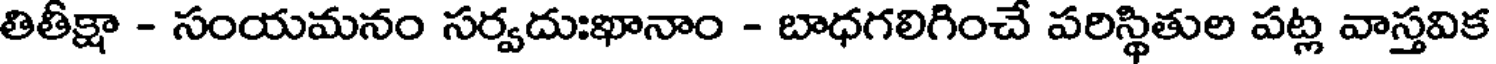
తితీక్షా - సంయమనం సర్వదుఃఖానాం - బాధగలిగించే పరిస్థితుల పట్ల వాస్తవిక